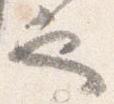
也